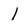
Character: l